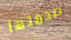
صدمتها